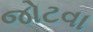
જોટવા